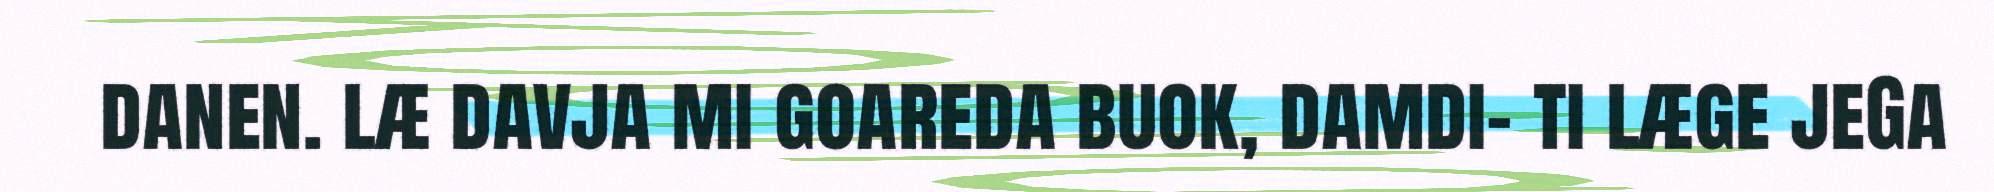
danen. læ davja mi goareda buok, damdi- ti læge jeGa